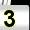
Digit: 3